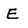
Character: E